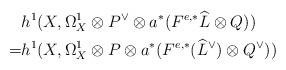
\begin{align*}& h^1(X,\Omega_X^1\otimes P^{\vee}\otimes a^*(F^{e,*}\widehat{L}\otimes Q)) \\=& h^1(X,\Omega_X^1\otimes P\otimes a^*(F^{e,*}(\widehat{L}^{\vee})\otimes Q^{\vee}))\end{align*}